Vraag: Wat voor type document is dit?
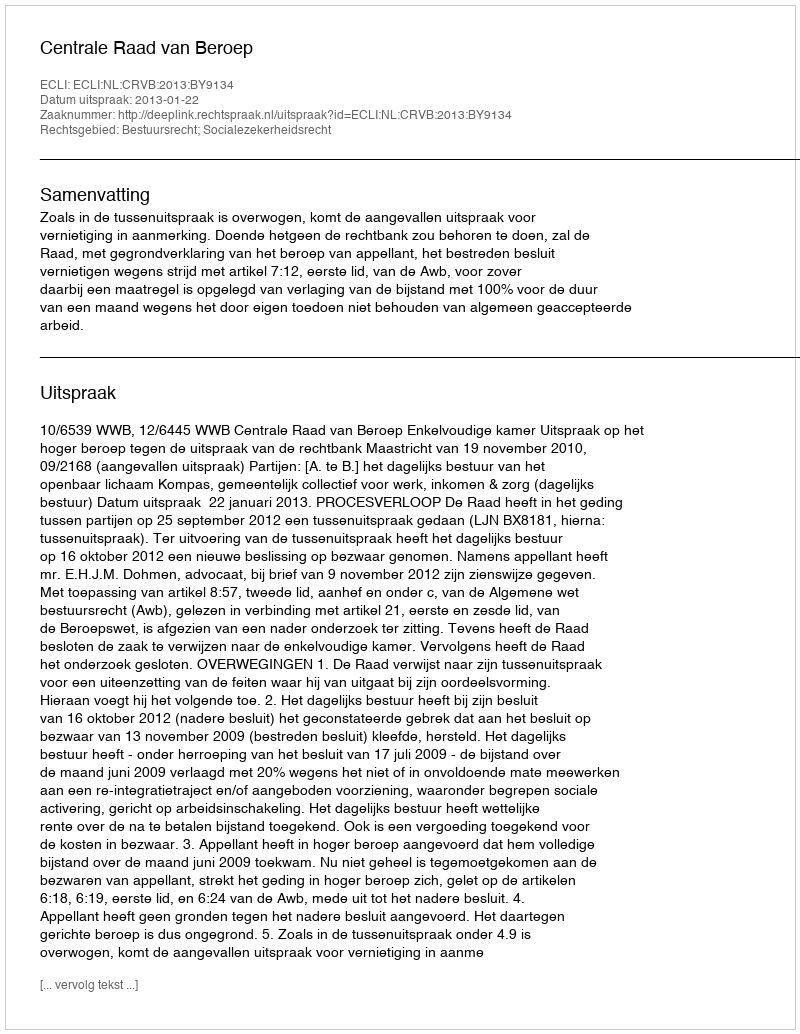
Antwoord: Uitspraak